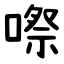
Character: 㗫